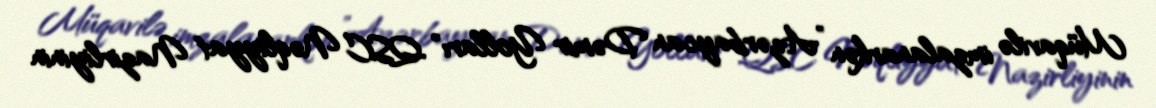
Müqavilə imzalanarkən ”Azərbaycan Dəmir Yolları" QSC Nəqliyyat Nazirliyinin